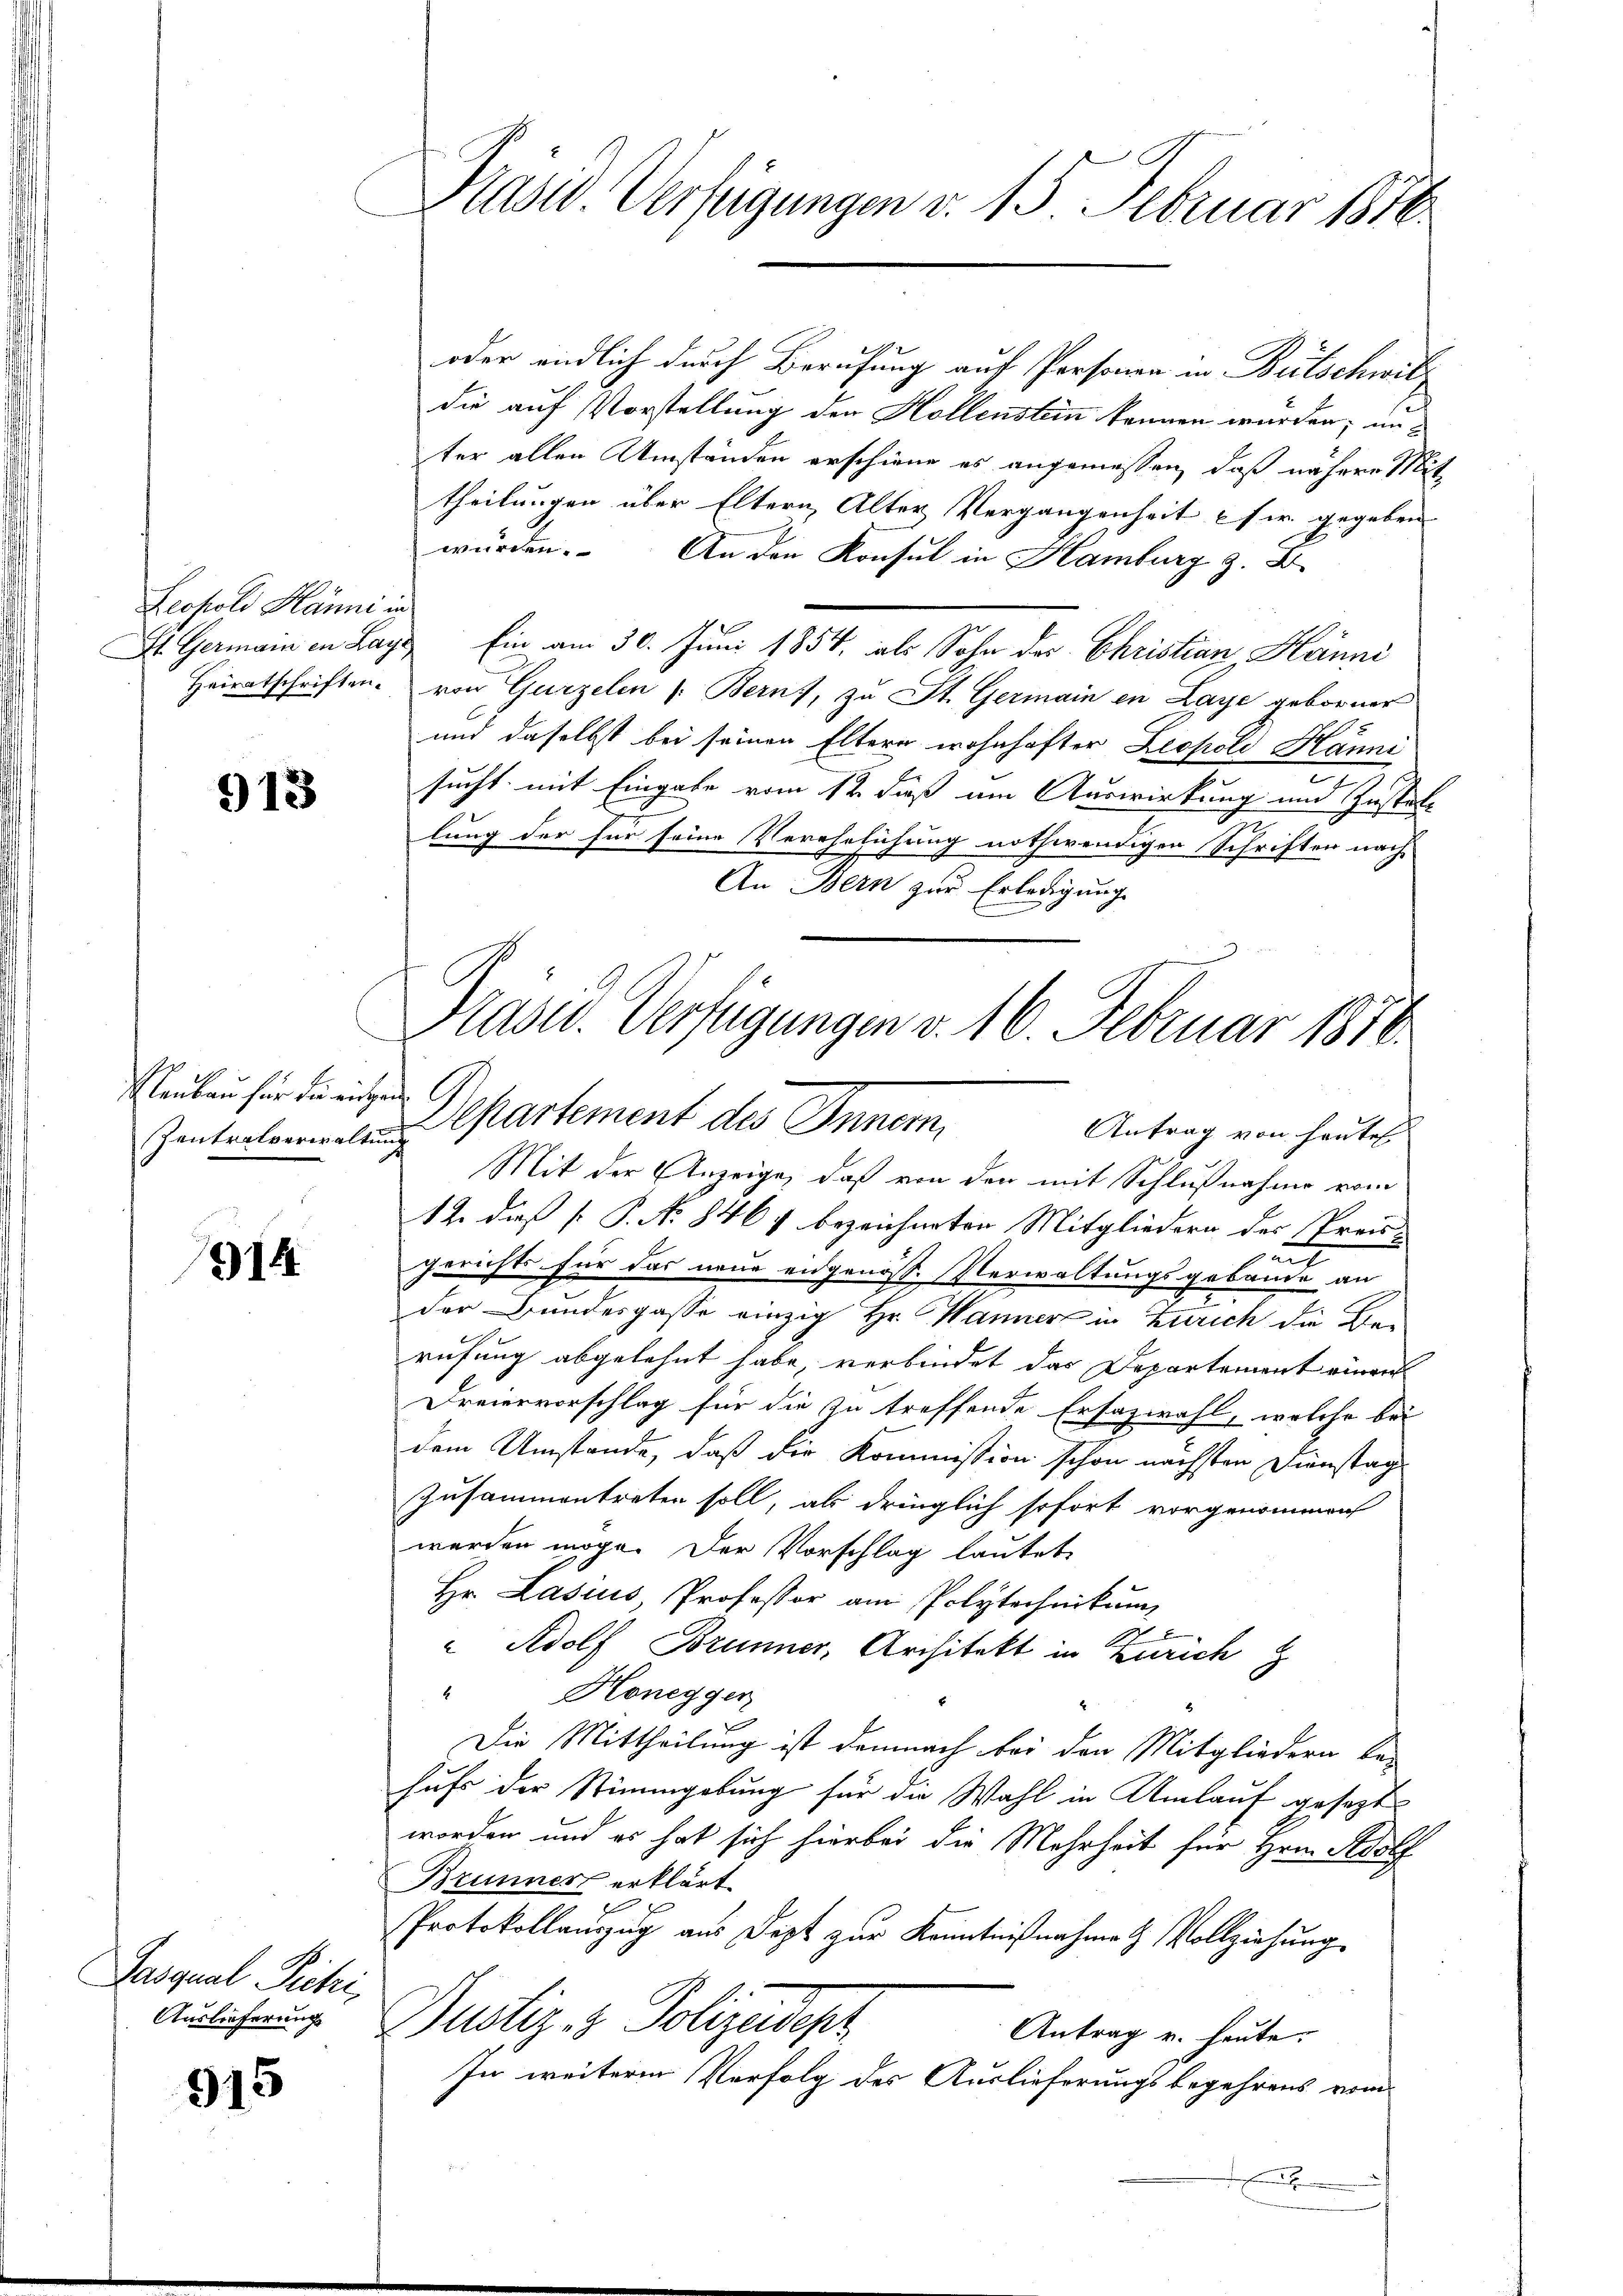
Leopold Hänni in

913

Rleubau für die eingen

914

Pasqual Petri,
Auslieferung

915

Präsid. Verfügungen v. 15. Februar 1816.

oder endlich durch Berufung auf Personen in Beitschwitz
die auf Vorstellung der Hollenstein können würden; unter allen Umständen erschiene es angemessen, daß nähere Mit
theilungen über Eltern Alter Vergangenheit es w. gegeben
würden. An den Konsul in Hamburg z. B
St. Germain in Lage Ein am 30. Juni 1854, als Sohn des Christian Hänni
Heiratschriften von Gurzelen (: Berns, zu St. Germain in Laye geborner
und daselbst bei seinen Eltern wohnhafter Leopold Hanni
sucht, mit Eingabe vom 12 dieß um Auswirkung und Zustat
lung der für seine Verehelichung nothwendigen Schriften nach
An Bern zur Erledigung
Mit der Anzeige, daß von den mit Schlußnahme vom
12. daß P. No 8467 bezeichneten Mitgliedern des Preuunt
gerichts für das neue eidgenöss. Verwaltungsgebäude an
der Bundesgasse einzig Hr. Wanner in Zürich die Be-
rufung abgelehnt habe, verbindet das Departement einen
Dreiervorschlag für die zu treffende Ersazwahl, welche bei
dem Umstände, daß die Kommission schon nächsten Dienstag
zusammentreten soll, als dringlich sofort vorgenommen
werden möge. Der Vorschlag lautete
Hr. Lasius Professor am Polytechnikum
" Adolf Brunner, Architekt in Zürich
" Honegger
x
Die Mittheilung ist demnach bei den Mitgliedern ka
hufs der Stimmgebung für die Wahl in Umlauf gesezt
worden und es hat sich hierbei die Mehrheit für Hrn. Adolf
Brunner erklärt.
Protokollauszug aus Dept zur Kenntnißnahme & Vollziehung
Pustiz- & Polizeidept
Antrag v. heute.
In weitere Verfolg des Auslieferungsbegehrens vom

Pasid. Verfügungen v. 16. Februar 1850.
Zantentverwaltung Partement des Inner,
Antrag von heuten